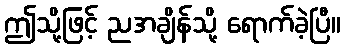
ဤသို့ဖြင့် ညအချိန်သို့ ရောက်ခဲ့ပြီ။